Annual administration report of the Civil Veterinary Department of India - 1893-1894
Year: 1893
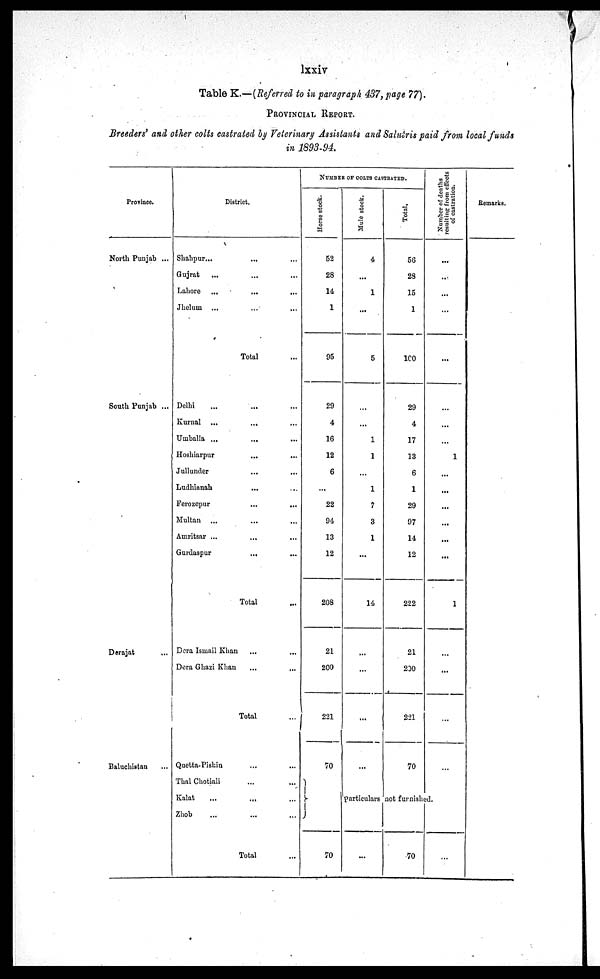
lxxiv
Table K.—(Referred to in paragraph 437, page 77).
PROVINCIAL REPORT.
Breeders' and other colts castrated by Veterinary Assistants and Salutris paid from local funds
in 1893-94.
Province.
North Punjab ...
South Punjab ...
Derajat ...
Baluchistan ...
District.
Shahpur...
... ...
Gujrat ... ... ...
Lahore ...
...
...
Jhelum ... ... ...
Total...
Delhi ... ... ...
Kurnal ...
... ...
Umballa ... ... ...
Hoshiarpur ... ...
Jullunder ... ...
Ludhianah ... ...
Ferozepur ... ...
Multan ... ... ...
Amritsar ... ... ...
Gurdaspur
... ...
Total ...
Dora Ismail Khan ... ...
Dora Ghazi Khan ... ...
Total ...
Quetta-Pisbia ... ...
Thal Chotiali ... ...
Kalat ... ... ...
Zhob ... ... ...
Total ...
NUMBER OF COLTS CASTRATED.
Horse stock..
52
28
14
1
95
29
4
16
12
6
...
22
94
13
12
208
21
200
221
70
Mulo stock
4
...
1
...
5
...
...
1
1
...
1
7
3
1
...
14
...
...
...
...
Total.
56
28
15
1
100
29
4
17
13
6
1
29
97
14
12
222
21
200
221
70
Number
of deaths
resulting from effects
of castration.
...
...
...
...
...
...
...
...
1
...
...
...
...
...
...
1
...
...
...
...
Remarks.
particulars not furnished.
70
...
70
...